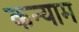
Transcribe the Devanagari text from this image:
कन्याम